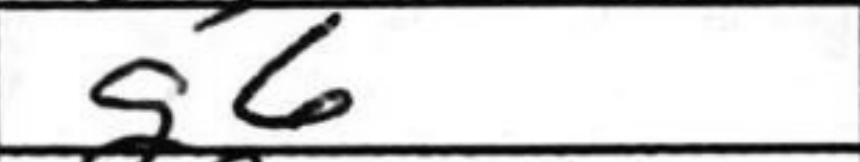
Transcription: g6